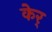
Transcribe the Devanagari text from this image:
केर्